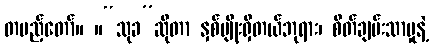
တပည့်တော်။ ။“သုခ”ဆိုတာ နှစ်မျိုးရှိတယ်ဘုရား၊ စိတ်ချမ်းသာမှုနဲ့